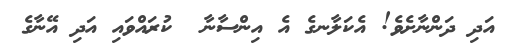
އަދި ދަންނާށެވެ! އެކަލާނގެ އެ އިންސާނާ  ކުރައްވައި އަދި އޭނާގެ